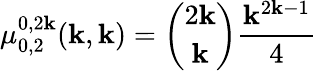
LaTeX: \mu_{0,2}^{0,2\mathbf{k}}(\mathbf{k},\mathbf{k})={\binom{2\mathbf{k}}{\mathbf{k}}}{\frac{{\mathbf{k}^{2\mathbf{k}-1}}}{{4}}}